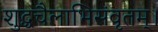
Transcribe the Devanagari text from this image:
शुद्धचैलाभिसंवृतम्।